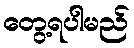
တွေ့ရပါမည်